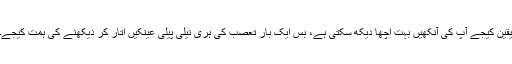
یقین کیجے آپ کی آنکھیں بہت اچھا دیکھ سکتی ہے، بس ایک بار تعصب کی ہری نیلی پیلی عینکیں اُتار کر دیکھنے کی ہمت کیجے۔